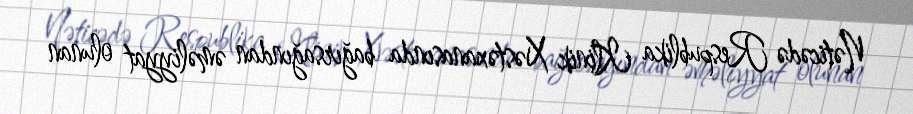
Nəticədə Respublika Klinik Xəstəxanasında bağırsağından əməliyyat olunan